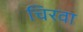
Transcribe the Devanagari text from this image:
चिरवा